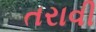
તરાવી